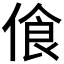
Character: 𠋡